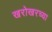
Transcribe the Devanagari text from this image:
खरोखरच्या